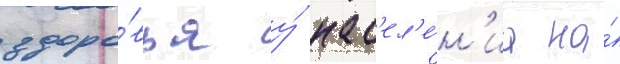
здоро́вья у́ нас'ел'е́н'иа на́